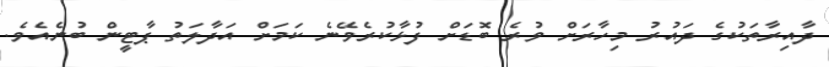
ދާއިރާތަކުގެ ދައުރު މިހާރަށް ވުރެ ބޮޑަށް ފުޅާކުރެވޭނެ ކަމަށް އަދާލަތު ޕާޓީން ބުނެއެވެ.